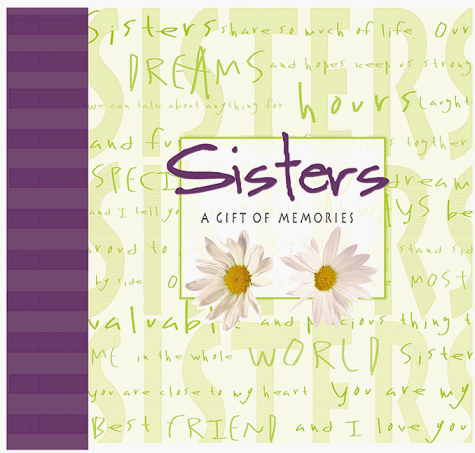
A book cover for Sisters Record Memory Book; A Gift Of Memories; Linda Spivey; Parenting & Relationships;